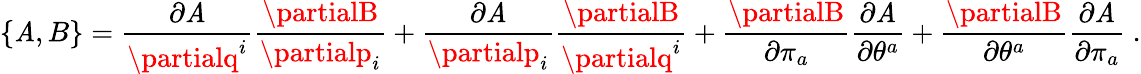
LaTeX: \left\{ \mathit{A},B\right\} =\frac{{\partial\mathit{A}}}{{\partialq^{i}}}\frac{{\partialB}}{{\partialp_{i}}}+\frac{{\partial\mathit{A}}}{{\partialp_{i}}}\frac{{\partialB}}{{\partialq^{i}}}+\frac{{\partialB}}{{\partial\pi_{a}}}\frac{{\partial\mathit{A}}}{{\partial\theta^{a}}}+\frac{{\partialB}}{{\partial\theta^{a}}}\frac{{\partial\mathit{A}}}{{\partial\pi_{a}}}\ .